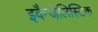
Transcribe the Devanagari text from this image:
इवैन्जेलिस्टिक